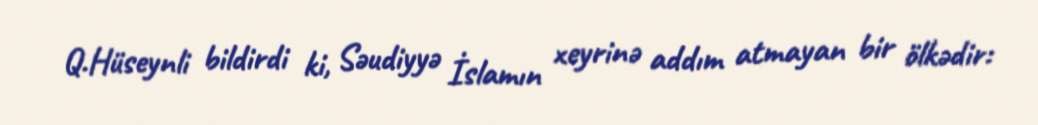
Q.Hüseynli bildirdi ki, Səudiyyə İslamın xeyrinə addım atmayan bir ölkədir: